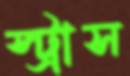
স্ট্রাস